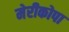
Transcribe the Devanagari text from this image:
मेरीकोपा